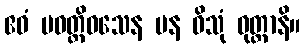
ဧဝံ ပဝတ္တိဝသေန ပန ဝိသုံ ဝုတ္တာနိ။